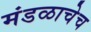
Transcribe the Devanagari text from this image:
मंडळाचेच